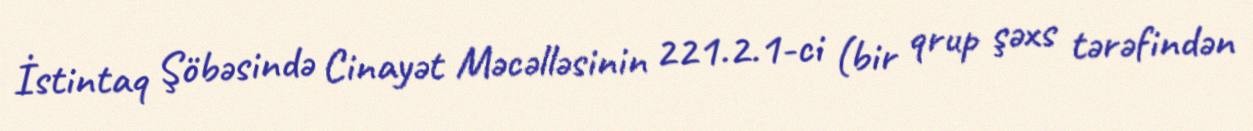
İstintaq Şöbəsində Cinayət Məcəlləsinin 221.2.1-ci (bir qrup şəxs tərəfindən